Civil Veterinary Dept. North-West Frontier Province 1933-46 - 1933-1946
Year: 1933
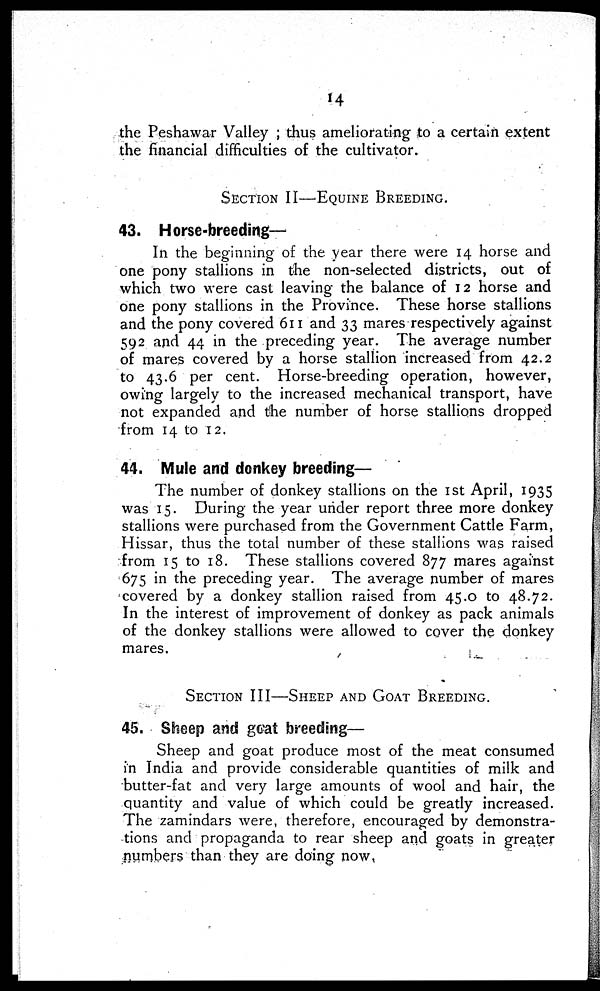
14
the Peshawar Valley ; thus ameliorating to a certain extent
the financial difficulties of the cultivator.
SECTION II—EQUINE BREEDING.
43. Horse-breeding—
In the beginning of the. year there were 14 horse and
one pony stallions in the non-selected districts, out of
which two were cast leaving the balance of 12 horse and
one pony stallions in the Province. These horse stallions
and the pony covered 611 and 33 mares respectively against
592 and 44 in the preceding year. The average number
of mares covered by a horse stallion increased from 42.2
to 43.6 per cent. Horse-breeding operation, however,
owing largely to the increased mechanical transport, have
not expanded and the number of horse stallions dropped
from 14 to 12.
44. Mule and donkey breeding—
The number of donkey stallions on the 1st April, 1935
was 15. During the year under report three more donkey
stallions were purchased from the Government Cattle Farm,
Hissar, thus the total number of these stallions was raised
from 15 to 18. These stallions covered 877 mares against
675 in the preceding year. The average number of mares
covered by a donkey stallion raised from 45.0 to 48.72.
In the interest of improvement of donkey as pack animals
of the donkey stallions were allowed to cover the donkey
mares.
SECTION III—SHEEP AND GOAT BREEDING.
45. Sheep and goat breeding—
Sheep and goat produce most of the meat consumed
in India and provide considerable quantities of milk and
butter-fat and very large amounts of wool and hair, the
quantity and value of which could be greatly increased.
The zamindars were, therefore, encouraged by demonstra-
tions and propaganda to rear sheep and goats in greater
numbers than they are doing now.